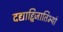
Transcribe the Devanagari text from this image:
दद्याद्द्विजातिभ्यो